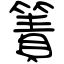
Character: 簀